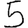
Digit: 5